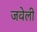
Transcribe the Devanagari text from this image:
जवेली